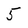
Character: 5